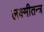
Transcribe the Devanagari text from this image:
लक्ष्मीतन्त्र